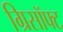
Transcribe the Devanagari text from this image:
ग्रिसॉफ्‍ट